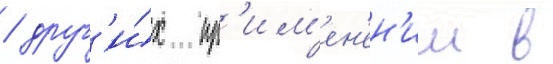
/ друг'и́х пр'им'ен'ен'ии в